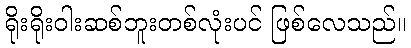
ရိုးရိုးဝါးဆစ်ဘူးတစ်လုံးပင် ဖြစ်လေသည်။